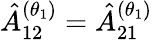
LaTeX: \hat{A}_{12}^{(\theta_{1})}=\hat{A}_{21}^{(\theta_{1})}